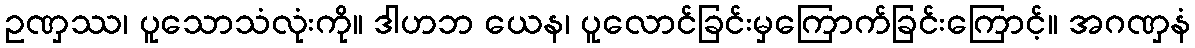
ဥဏှဿ၊ ပူသောသံလုံးကို။ ဒါဟဘ ယေန၊ ပူလောင်ခြင်းမှကြောက်ခြင်းကြောင့်။ အဂဏှနံ